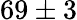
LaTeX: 69\pm 3